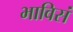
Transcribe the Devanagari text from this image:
भाविसं